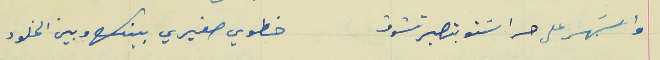
والسَهر على حراسَتو بتصير تشوف                              خطوي صغيري بينك وبين الخلود